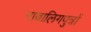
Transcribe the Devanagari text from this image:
नाबालिगपुत्रों